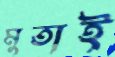
মুতাই